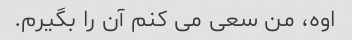
اوه، من سعی می کنم آن را بگیرم.